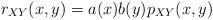
LaTeX: \begin{align*} r_{XY}(x,y)=a(x)b(y)p_{XY}(x,y)\end{align*}